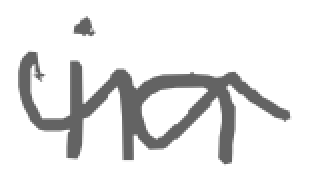
Text: in
Cross-out: wave
Writing tool: digital_gray